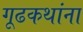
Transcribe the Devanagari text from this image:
गूढकथांना